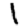
Digit: 1